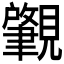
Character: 𬢅